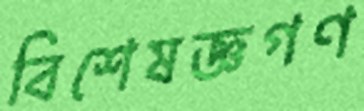
বিশেষজ্ঞগণ